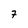
Character: 7